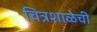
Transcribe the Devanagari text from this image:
चित्रशाळेची